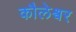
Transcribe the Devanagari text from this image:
कौलेश्वर